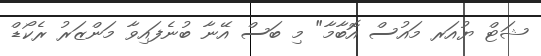
ޝަޓް ޔުއަރ މައުސް އޮބާމާ" މި ބަސް އޭނާ ބުނެފައިވާ މަންޒަރު ރެކޯޑް